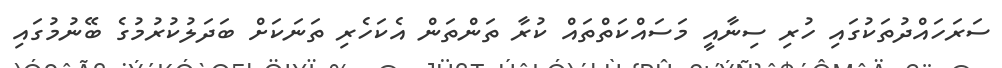
ސަރަހައްދުތަކުގައި ހުރި ސިނާއީ މަސައްކަތްތައް ކުރާ ތަންތަން އެކަހެރި ތަނަކަށް ބަދަލުކުރުމުގެ ބޭނުމުގައި